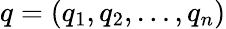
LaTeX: q=(q_{1},q_{2},\ldots,q_{n})